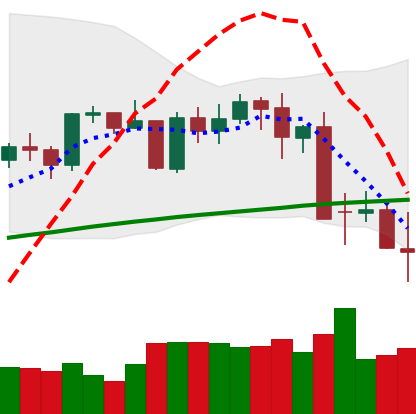
Ticker: BTC-USD
Chart end date: 2021-05-16
Forward return: -19.699%
Label: down_7plus